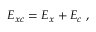
E _ { x c } = E _ { x } + E _ { c } \ ,